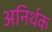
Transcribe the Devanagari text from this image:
अनिर्थक